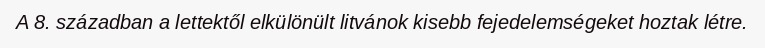
A 8. században a lettektől elkülönült litvánok kisebb fejedelemségeket hoztak létre.